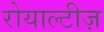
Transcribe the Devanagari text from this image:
रोयाल्टीज़